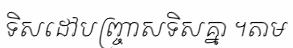
ទិសដៅបញ្ច្រាសទិសគ្នា ។តាម